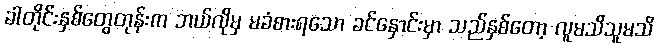
ခါတိုင်းနှစ်တွေတုန်းက ဘယ်လိုမှ မခံစားရသော ခင်နှောင်းမှာ သည်နှစ်တော့ လူမသိသူမသိ